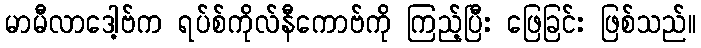
မာမီလာဒေါ့ဗ်က ရပ်စ်ကိုလ်နီကောဗ်ကို ကြည့်ပြီး ဖြေခြင်း ဖြစ်သည်။